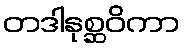
တဒါနုစ္ဆဝိကာ